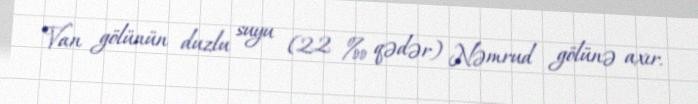
Van gölünün duzlu suyu (22 ‰ qədər) Nəmrud gölünə axır.